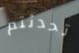
تحدثتم